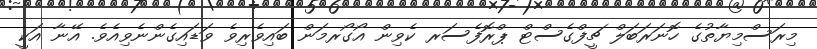
މިރަސްމިޔާތުގެ ހޮނަރަބަލް ޗީފްގެސްޓް ޕްރޮފެސަރ ކެވިން އޯގޯރމަން ބައިވެރިވެ ވަޑައިގެންނެވިއެވެ. އޭނާ އަކީ